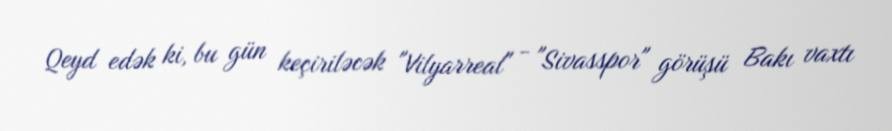
Qeyd edək ki, bu gün keçiriləcək "Vilyarreal" - "Sivasspor" görüşü Bakı vaxtı